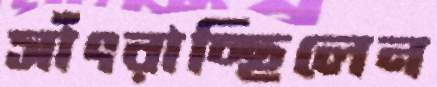
সাঁৎরাচ্ছিলেন